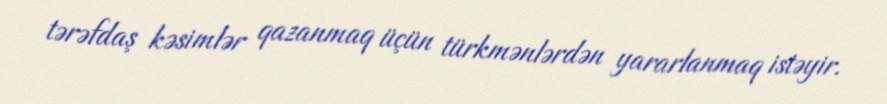
tərəfdaş kəsimlər qazanmaq üçün türkmənlərdən yararlanmaq istəyir.